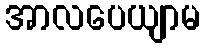
အာလပေယျာမ